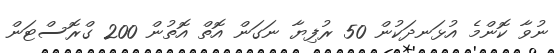
ނުވާ ކޮންމެ އުޅަނދަކުން 50 ރުފިޔާ ނަގަން އޮތް އޮތުން 200 ގްރޮސްޓަން